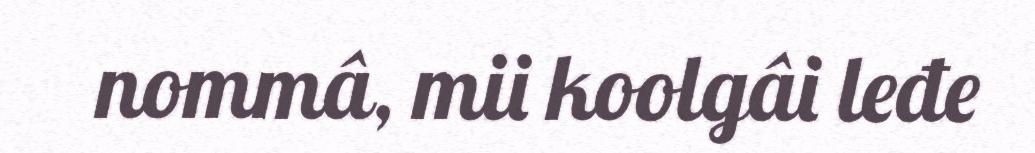
nommâ, mii koolgâi leđe